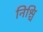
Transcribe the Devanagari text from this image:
निश्चि